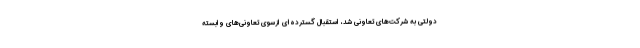
دولتی به شرکت‌های تعاونی شد، استقبال گسترده‌ای ازسوی تعاونی‌های وابسته